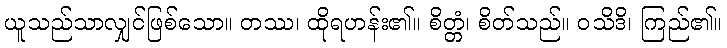
ယူသည်သာလျှင်ဖြစ်သော။ တဿ၊ ထိုရဟန်း၏။ စိတ္တံ၊ စိတ်သည်။ ဝသိဒိ၊ ကြည်၏။